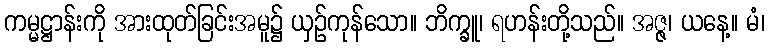
ကမ္မဋ္ဌာန်းကို အားထုတ်ခြင်းအမူ၌ ယှဉ်ကုန်သော။ ဘိက္ခူ၊ ရဟန်းတို့သည်။ အဇ္ဇ၊ ယနေ့။ မံ၊